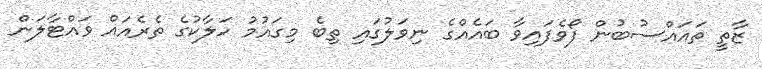
ޒާތީ ތައައްސުބުން ފޯވެފައިވާ ބައެއްގެ ނިވަލުގައި ތިބެ މިގައުމު ހަލާކުގެ ތެރެއައް ވައްޓާލަން